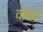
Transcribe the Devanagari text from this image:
वोघां